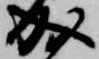
成